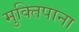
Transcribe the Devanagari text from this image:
मुक्तिपाना